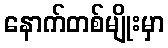
နောက်တစ်မျိုးမှာ